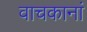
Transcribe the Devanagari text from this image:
वाचकानां